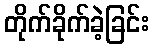
တိုက်ခိုက်ခဲ့ခြင်း